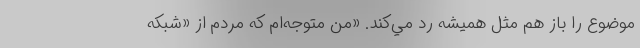
موضوع را باز هم مثل هميشه رد مي‌كند. «من متوجه‌ام كه مردم از «شبكه